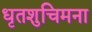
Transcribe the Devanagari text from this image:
धृतशुचिमना